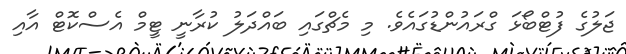
ޖަލުގެ ފުޓްބޯޅަ ގްރައުންޑުގައެވެ. މި މެޗްގައި ބައްދަލު ކުރާނީ ޓީމް އެސްކޮޓް އާއި